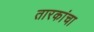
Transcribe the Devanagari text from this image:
तारकांचा